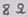
Text: 8Ω